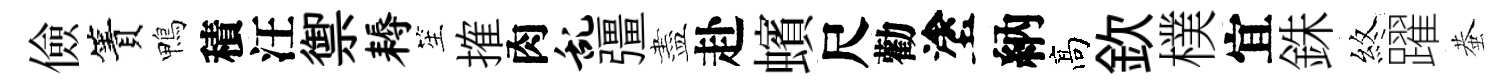
儉簀鴨積汪禦耨笙搉肉乱彊盡赴蠙尺勸塗納髙欽樸宜銖煞躍蛬